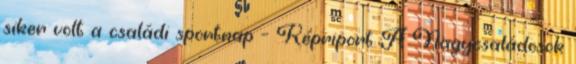
siker volt a családi sportnap – Képriport A Nagycsaládosok